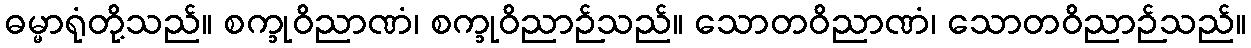
ဓမ္မာရုံတို့သည်။ စက္ခုဝိညာဏံ၊ စက္ခုဝိညာဉ်သည်။ သောတဝိညာဏံ၊ သောတဝိညာဉ်သည်။